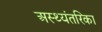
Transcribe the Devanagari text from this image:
अस्थ्यंतरिका